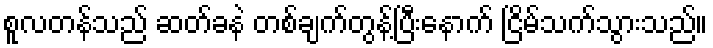
စူလတန်သည် ဆတ်ခနဲ တစ်ချက်တွန့်ပြီးနောက် ငြိမ်သက်သွားသည်။